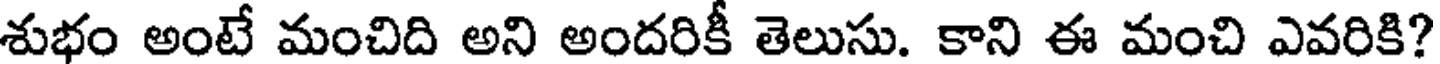
శుభం అంటే మంచిది అని అందరికీ తెలుసు. కాని ఈ మంచి ఎవరికి?